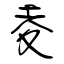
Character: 夌